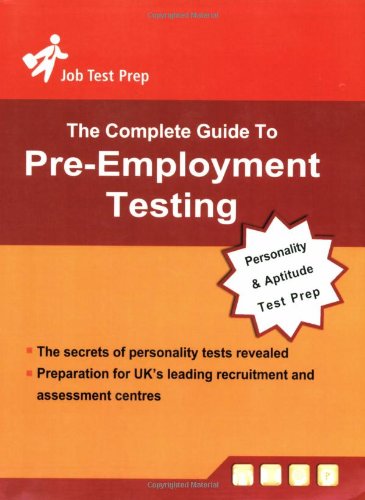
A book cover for Complete Guide to Pre-Employment Testing: Personality and Aptitude Test Preparation; Business & Money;